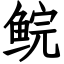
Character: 鲩